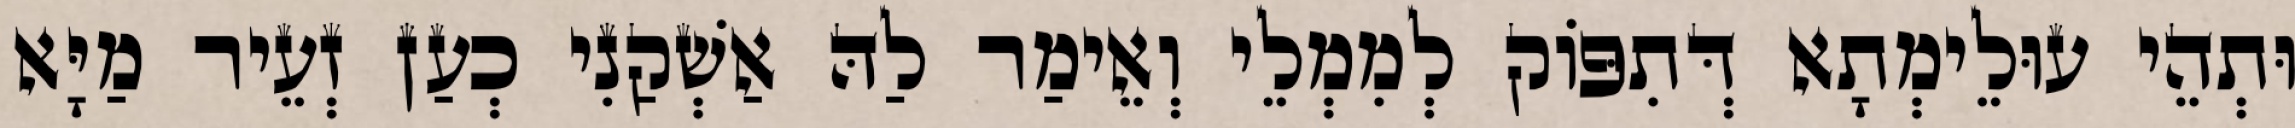
וּתְהֵי עוּלֵימְתָא דְּתִפּוֹק לְמִמְלֵי וְאֵימַר לַהּ אַשְׁקַנִי כְעַן זְעֵיר מַיָּא